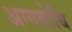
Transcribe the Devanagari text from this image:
अग्गबोधि